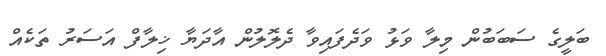
ބަލީގެ ސަބަބުން މިލާ ވަޅު ވަދެފައިވާ ދެލޮލުން އާދަޔާ ޚިލާފް އަސަރު ތަކެއް